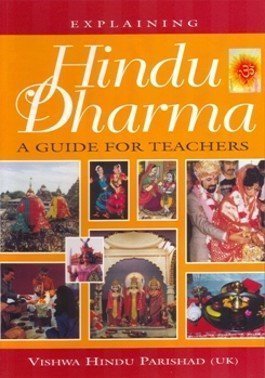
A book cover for Explaining Hindu Dharma: A Guide for Teachers; Children's Books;